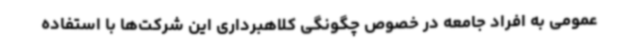
عمومی به افراد جامعه در خصوص چگونگی کلاهبرداری این شرکت‌ها با استفاده